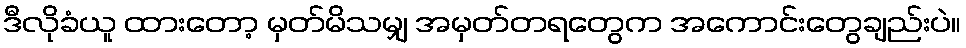
ဒီလိုခံယူ ထားတော့ မှတ်မိသမျှ အမှတ်တရတွေက အကောင်းတွေချည်းပဲ။